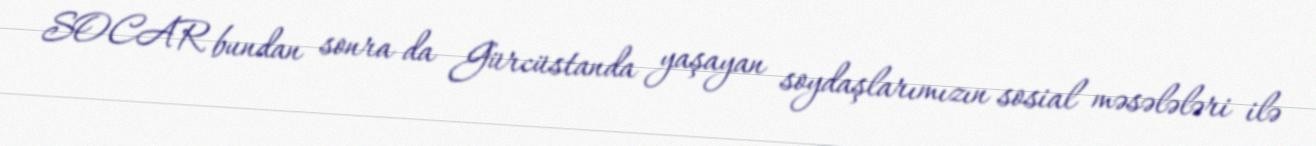
SOCAR bundan sonra da Gürcüstanda yaşayan soydaşlarımızın sosial məsələləri ilə